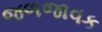
જળજાવક